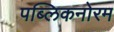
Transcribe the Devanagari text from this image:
पब्लिकनोरम